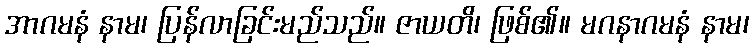
အာဂမနံ နာမ၊ ပြန်လာခြင်းမည်သည်။ ဇာယတိ၊ ဖြစ်၏။ မဂနာဂမနံ နာမ၊